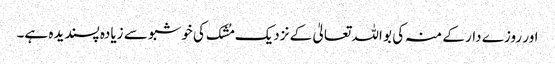
اور روزے دار کے منہ کی بو اللہ تعالیٰ کے نزدیک مُشک کی خوشبو سے زیادہ پسندیدہ ہے۔